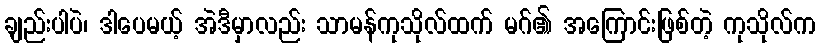
ချည်းပါပဲ၊ ဒါပေမယ့် အဲဒီမှာလည်း သာမန်ကုသိုလ်ထက် မဂ်၏ အကြောင်းဖြစ်တဲ့ ကုသိုလ်က